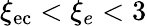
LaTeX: \xi_{\mathrm{{ec}}}<\xi_{e}<3